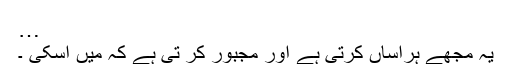
…
یہ مجھے ہراساں کرتی ہے اور مجبور کر تی ہے کہ میں اسکی ۔